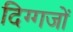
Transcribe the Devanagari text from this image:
दिग्‍गजों